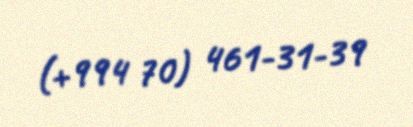
(+994 70) 461-31-39